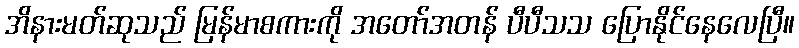
အိနားမတ်ဆုသည် မြန်မာစကားကို အတော်အတန် ပီပီသသ ပြောနိုင်နေလေပြီ။